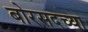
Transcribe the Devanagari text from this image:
बोरसदच्या